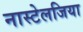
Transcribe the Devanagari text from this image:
नास्टेलजिया